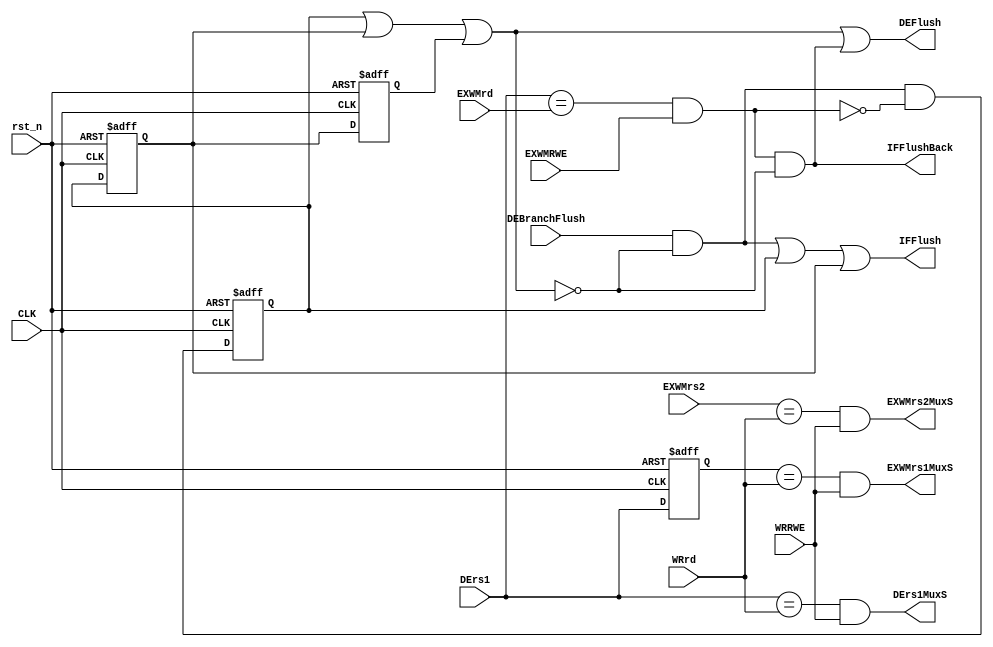
module HCU(input wire CLK,rst_n,
           input wire DEBranchFlush,EXWMRWE,WRRWE,
           input wire[4:0] DErs1,EXWMrs2,EXWMrd,WRrd,
           output wire IFFlush,DEFlush,DErs1MuxS,EXWMrs1MuxS,EXWMrs2MuxS,IFFlushBack);

    reg EXWMBranchFlush,WRBranchFlush,WRDEBranchFlush;
    reg[4:0] EXWMrs1;
    wire BranchFlushState,DEEXWMrs1HZ,DEWRrs1HZ,EXWMWRrs1HZ,EXWMWRrs2HZ;

    always @(posedge CLK or negedge rst_n) begin
        if(!rst_n) begin
            EXWMBranchFlush<=1'b0;
            WRBranchFlush<=1'b0;
            WRDEBranchFlush<=1'b0;
            EXWMrs1<=5'b00000;
        end
        else begin
            EXWMBranchFlush<=DEBranchFlush&(~BranchFlushState)&(~DEEXWMrs1HZ);
            WRBranchFlush<=EXWMBranchFlush;
            WRDEBranchFlush<=WRBranchFlush;
            EXWMrs1<=DErs1;
        end
    end
    
    assign IFFlush=DEBranchFlush&(~BranchFlushState)|EXWMBranchFlush|WRBranchFlush;
    assign DEFlush=BranchFlushState|(DEEXWMrs1HZ&(~BranchFlushState));
    assign BranchFlushState=EXWMBranchFlush|WRBranchFlush|WRDEBranchFlush;
    assign IFFlushBack=DEEXWMrs1HZ&(~BranchFlushState);
    assign DEEXWMrs1HZ=(DErs1==EXWMrd)&EXWMRWE;
    assign DEWRrs1HZ=(DErs1==WRrd)&WRRWE;
    assign EXWMWRrs1HZ=(EXWMrs1==WRrd)&WRRWE;
    assign EXWMWRrs2HZ=(EXWMrs2==WRrd)&WRRWE;
    assign DErs1MuxS=DEWRrs1HZ;
    assign EXWMrs1MuxS=EXWMWRrs1HZ;
    assign EXWMrs2MuxS=EXWMWRrs2HZ;

endmodule